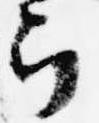
郎